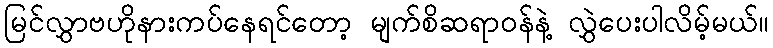
မြင်လွှာဗဟိုနားကပ်နေရင်တော့ မျက်စိဆရာဝန်နဲ့ လွှဲပေးပါလိမ့်မယ်။